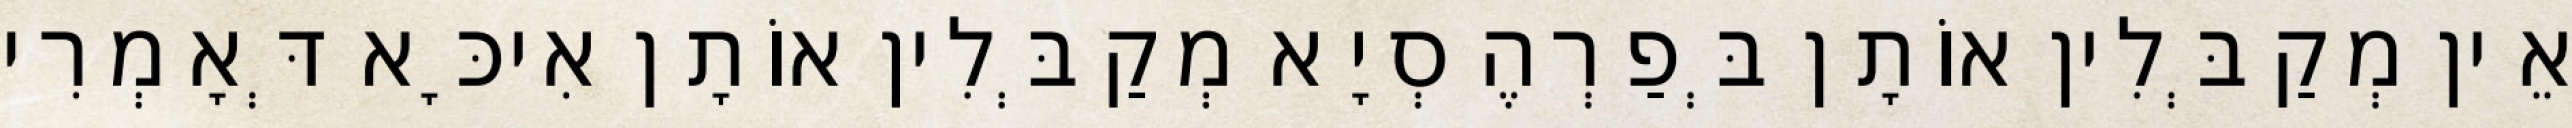
אֵין מְקַבְּלִין אוֹתָן בְּפַרְהֶסְיָא מְקַבְּלִין אוֹתָן אִיכָּא דְּאָמְרִי